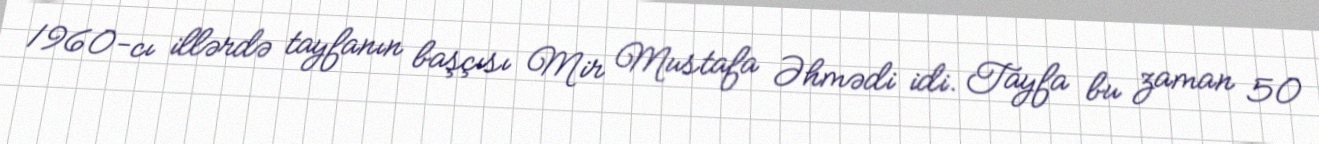
1960-cı illərdə tayfanın başçısı Mir Mustafa Əhmədi idi. Tayfa bu zaman 50